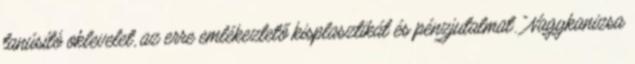
tanúsító oklevelet, az erre emlékeztető kisplasztikát és pénzjutalmat. “Nagykanizsa